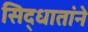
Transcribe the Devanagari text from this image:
सिद्धातांने